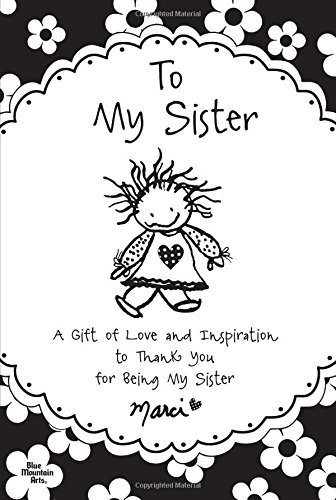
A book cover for To My Sister: A Gift of Love and Inspiration to Thank You for Being My Sister; Marci; Parenting & Relationships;